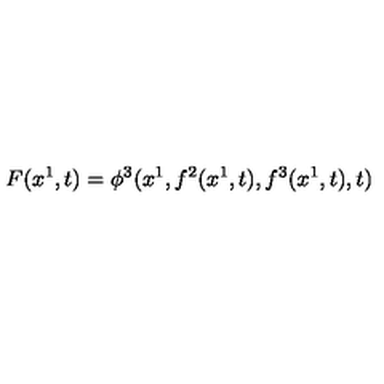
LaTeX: F ( x ^ { 1 } , t ) = \phi ^ { 3 } ( x ^ { 1 } , f ^ { 2 } ( x ^ { 1 } , t ) , f ^ { 3 } ( x ^ { 1 } , t ) , t )